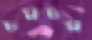
চমচম